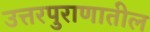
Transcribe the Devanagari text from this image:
उत्तरपुराणातील